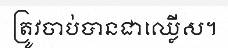
ត្រូវចាប់បានជាឈ្លើស។